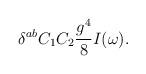
LaTeX: \begin{align*}\delta^{ab} C_1C_2 {g^4 \over 8} I(\omega).\end{align*}